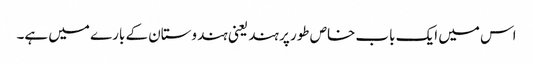
اس میں ایک باب خاص طور پر ہند یعنی ہندوستان کے بارے میں ہے۔